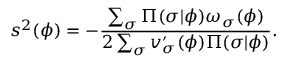
s ^ { 2 } ( \phi ) = - \frac { \sum _ { \sigma } \Pi ( \sigma \vert \phi ) \omega _ { \sigma } ( \phi ) } { 2 \sum _ { \sigma } v _ { \sigma } ^ { \prime } ( \phi ) \Pi ( \sigma \vert \phi ) } .